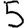
Digit: 5